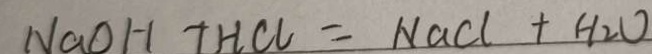
N a O H + H C l = N a C l + H _ { 2 } O